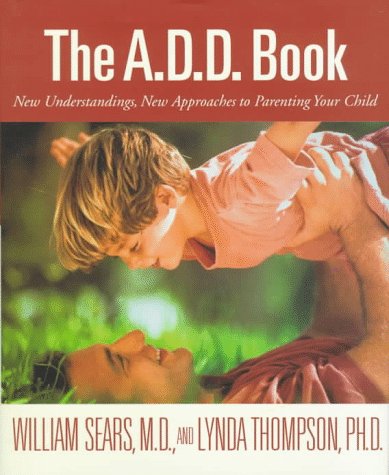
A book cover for The A.D.D. Book: New Understandings, New Approaches to Parenting Your Child; William Sears; Parenting & Relationships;